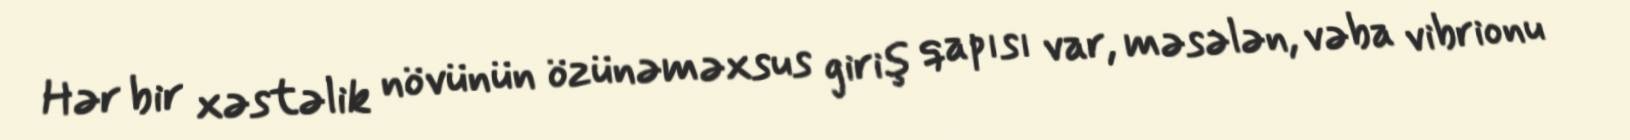
Hər bir xəstəlik növünün özünəməxsus giriş qapısı var, məsələn, vəba vibrionu